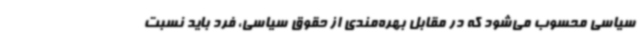
سیاسی محسوب می‌شود که در مقابل بهره‌مندی از حقوق سیاسی، فرد باید نسبت